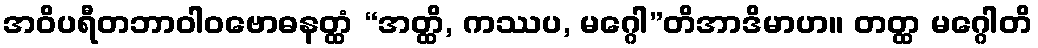
အဝိပရီတဘာဝါဝဗောဓနတ္ထံ “အတ္ထိ, ကဿပ, မဂ္ဂေါ”တိအာဒိမာဟ။ တတ္ထ မဂ္ဂေါတိ